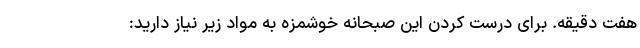
هفت دقیقه. برای درست کردن این صبحانه خوشمزه به مواد زیر نیاز دارید: